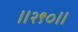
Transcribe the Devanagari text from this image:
॥२९०॥